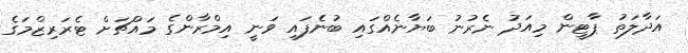
އަދާލަތު ޕާޓީން މިއަދު ނެރުނު ބަޔާނެއްގައި ބުނެފައި ވަނީ އިމްރާންގެ މައްޗަށް ޓެރަރިޒްމަގެ